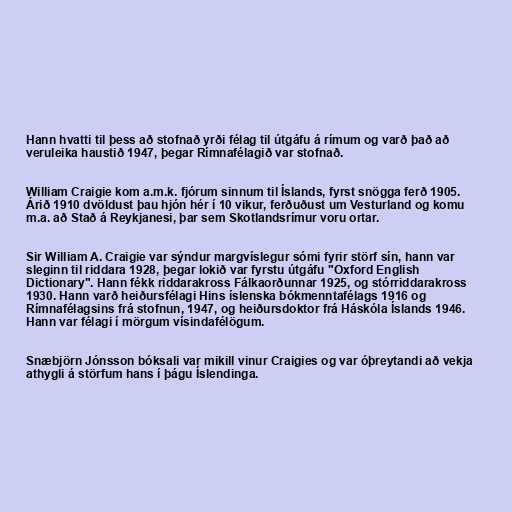
Hann hvatti til þess að stofnað yrði félag til útgáfu á rímum og varð það að
veruleika haustið 1947, þegar Rímnafélagið var stofnað.

William Craigie kom a.m.k. fjórum sinnum til Íslands, fyrst snögga ferð 1905.
Árið 1910 dvöldust þau hjón hér í 10 vikur, ferðuðust um Vesturland og komu
m.a. að Stað á Reykjanesi, þar sem Skotlandsrímur voru ortar.

Sir William A. Craigie var sýndur margvíslegur sómi fyrir störf sín, hann var
sleginn til riddara 1928, þegar lokið var fyrstu útgáfu "Oxford English
Dictionary". Hann fékk riddarakross Fálkaorðunnar 1925, og stórriddarakross
1930. Hann varð heiðursfélagi Hins íslenska bókmenntafélags 1916 og
Rímnafélagsins frá stofnun, 1947, og heiðursdoktor frá Háskóla Íslands 1946.
Hann var félagi í mörgum vísindafélögum.

Snæbjörn Jónsson bóksali var mikill vinur Craigies og var óþreytandi að vekja
athygli á störfum hans í þágu Íslendinga.